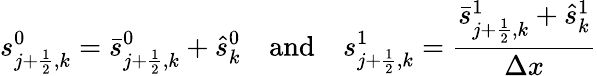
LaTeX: {s}_{j+\frac{1}{2},k}^{0}=\bar{s}_{j+\frac{1}{2},k}^{0}+\hat{s}_{k}^{0}\quad\mathrm{and}\quad{s}_{j+\frac{1}{2},k}^{1}=\frac{\bar{s}_{j+\frac{1}{2},k}^{1}+\hat{s}_{k}^{1}}{\Delta x}